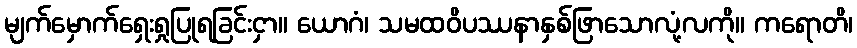
မျက်မှောက်ရှေးရှုပြုရခြင်းငှာ။ ယောဂံ၊ သမထဝိပဿနာနှစ်ဖြာသောလုံ့လကို။ ကရောတိ၊